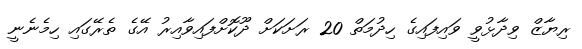
ރިޔާޒް ވިދާޅުވީ ވައިފައިގެ ހިދުމަތް 20 ރަށަކަށް ދޫކޮށްފައިވާއިރު އޭގެ ތެރޭގައި ހިމެނެނީ